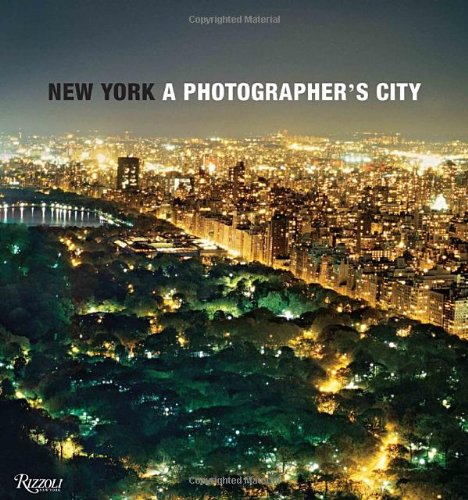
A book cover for New York: A Photographer's City; Travel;